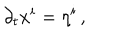
LaTeX: \partial _ { t } x ^ { i } = \eta ^ { i } \, ,